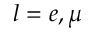
l = e , \mu